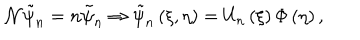
{ \cal N } \tilde { \psi } _ { n } = n \tilde { \psi } _ { n } \Rightarrow \tilde { \psi } _ { n } \left( \xi , \eta \right) = U _ { n } \left( \xi \right) \Phi \left( \eta \right) ,